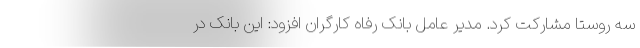
سه روستا مشارکت کرد. مدیر عامل بانک رفاه کارگران افزود: این بانک در